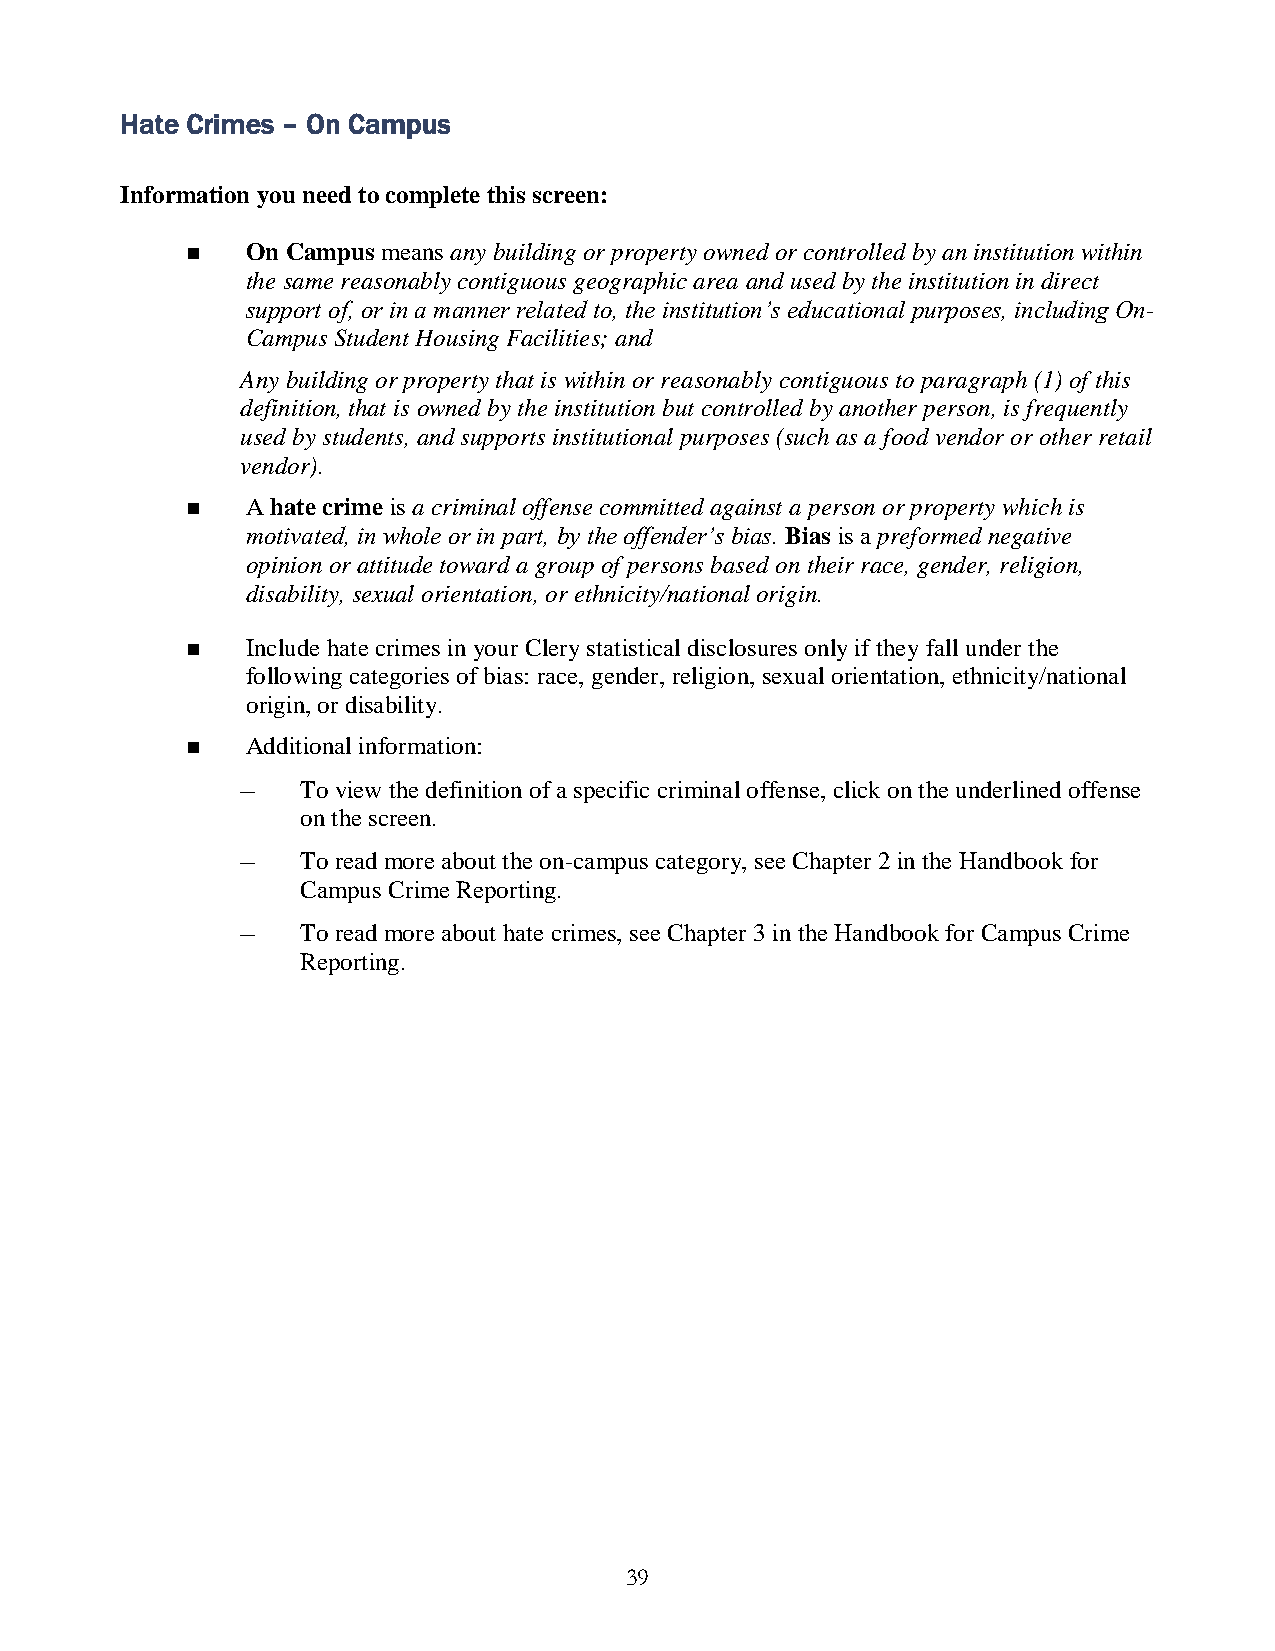
Hate Crimes – On Campus
 Information you need to complete this screen:
    On Campus means any building or property owned or controlled by an institution within
 the same reasonably contiguous geographic area and used by the institution in direct
 support of, or in a manner related to, the institution’s educational purposes, including On-
 Campus Student Housing Facilities; and
 Any building or property that is within or reasonably contiguous to paragraph (1) of this
 definition, that is owned by the institution but controlled by another person, is frequently
 used by students, and supports institutional purposes (such as a food vendor or other retail
 vendor).
    A hate crime is a criminal offense committed against a person or property which is
 motivated, in whole or in part, by the offender’s bias. Bias is a preformed negative
 opinion or attitude toward a group of persons based on their race, gender, religion,
 disability, sexual orientation, or ethnicity/national origin.
    Include hate crimes in your Clery statistical disclosures only if they fall under the
 following categories of bias: race, gender, religion, sexual orientation, ethnicity/national
 origin, or disability.
    Additional information:
 –   To view the definition of a specific criminal offense, click on the underlined offense
 on the screen.
 –   To read more about the on-campus category, see Chapter 2 in the Handbook for
 Campus Crime Reporting.
 –   To read more about hate crimes, see Chapter 3 in the Handbook for Campus Crime
 Reporting.
 39